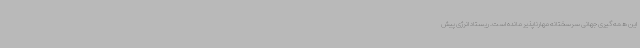
این همه گیری جهانی سرسختانه مهارناپذیر مانده است. ریستاد انرژی پیش